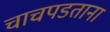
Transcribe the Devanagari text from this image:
चाचपडताना